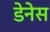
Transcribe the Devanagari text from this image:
डेनेस